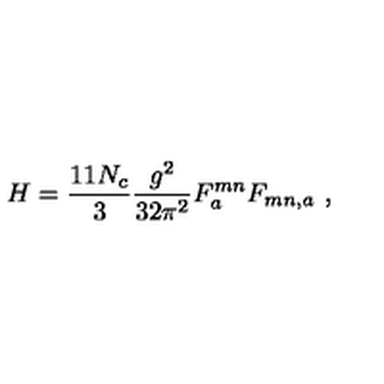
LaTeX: H = \frac { 1 1 N _ { c } } { 3 } \frac { g ^ { 2 } } { 3 2 \pi ^ { 2 } } F _ { a } ^ { m n } F _ { m n , a } \ ,